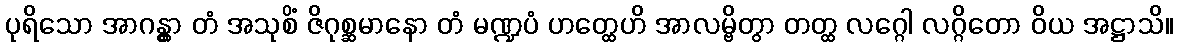
ပုရိသော အာဂန္တွာ တံ အသုစိံ ဇိဂုစ္ဆမာနော တံ မဏ္ဍပံ ဟတ္ထေဟိ အာလမ္ဗိတွာ တတ္ထ လဂ္ဂေါ လဂ္ဂိတော ဝိယ အဋ္ဌာသိ။